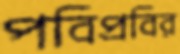
পবিপ্রবির